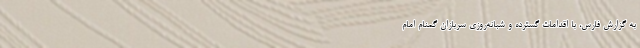
به گزارش فارس، با اقدامات گسترده و شبانه‌روزی سربازان گمنام امام